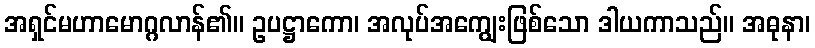
အရှင်မဟာမောဂ္ဂလာန်၏။ ဥပဋ္ဌာကော၊ အလုပ်အကျွေးဖြစ်သော ဒါယကာသည်။ အဓုနာ၊